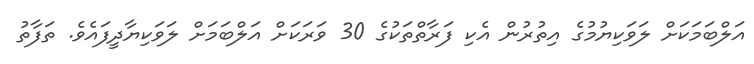
އަލްބަމަކަށް ލަވަކިޔުމުގެ އިތުރުން އެކި ފަރާތްތަކުގެ 30 ވަރަކަށް އަލްބަމަށް ލަވަކިޔާދީފައެވެ. ތަފާތު